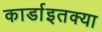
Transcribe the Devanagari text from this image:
कार्डाइतक्या